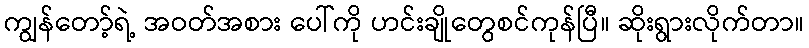
ကျွန်တော့်ရဲ့ အဝတ်အစား ပေါ်ကို ဟင်းချိုတွေစင်ကုန်ပြီ။ ဆိုးရွားလိုက်တာ။